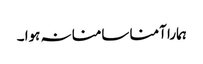
ہمارا آمنا سامنا نہ ہوا ۔